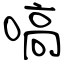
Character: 嗃